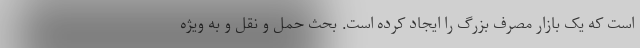
است که یک بازار مصرف بزرگ را ایجاد کرده است. بحث حمل و نقل و به ویژه